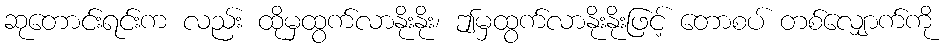
ဆုတောင်းရင်းက လည်း ထိုမှထွက်လာနိုးနိုး၊ ဤမှထွက်လာနိုးနိုးဖြင့် တောစပ် တစ်လျှောက်ကို